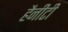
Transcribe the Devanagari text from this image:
हैनीटी